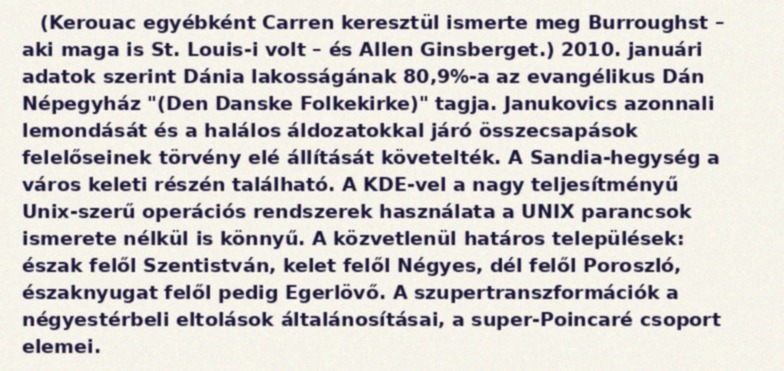
(Kerouac egyébként Carren keresztül ismerte meg Burroughst – aki maga is St. Louis-i volt – és Allen Ginsberget.) 2010. januári adatok szerint Dánia lakosságának 80,9%-a az evangélikus Dán Népegyház "(Den Danske Folkekirke)" tagja. Janukovics azonnali lemondását és a halálos áldozatokkal járó összecsapások felelőseinek törvény elé állítását követelték. A Sandia-hegység a város keleti részén található. A KDE-vel a nagy teljesítményű Unix-szerű operációs rendszerek használata a UNIX parancsok ismerete nélkül is könnyű. A közvetlenül határos települések: észak felől Szentistván, kelet felől Négyes, dél felől Poroszló, északnyugat felől pedig Egerlövő. A szupertranszformációk a négyestérbeli eltolások általánosításai, a super-Poincaré csoport elemei.